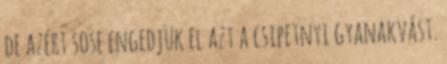
de azért sose engedjük el azt a csipetnyi gyanakvást.